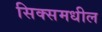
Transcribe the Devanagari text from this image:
सिक्समधील